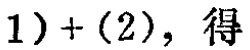
$(1)+(2)，得$